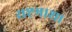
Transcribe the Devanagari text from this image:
राष्ट्रभाशा